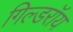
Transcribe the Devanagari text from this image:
गिल्डरॉय